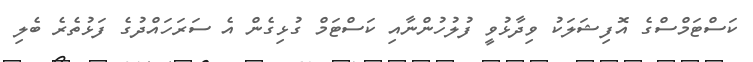
ކަސްޓަމްސްގެ އޮފިޝަލަކު ވިދާޅުވީ ފުލުހުންނާއި ކަސްޓަމް ގުޅިގެން އެ ސަރަހައްދުގެ ފަޅުތެރެ ބެލި